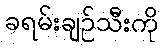
ခရမ်းချဉ်သီးကို